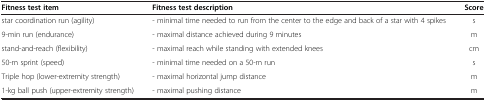
<table><thead><tr><td><b>Fitness test item</b></td><td><b>Fitness test description</b></td><td><b>Score</b></td></tr></thead><tbody><tr><td>star coordination run (agility)</td><td>- minimal time needed to run from the center to the edge and back of a star with 4 spikes</td><td>s</td></tr><tr><td>9-min run (endurance)</td><td>- maximal distance achieved during 9 minutes</td><td>m</td></tr><tr><td>stand-and-reach (flexibility)</td><td>- maximal reach while standing with extended knees</td><td>cm</td></tr><tr><td>50-m sprint (speed)</td><td>- minimal time needed on a 50-m run</td><td>s</td></tr><tr><td>Triple hop (lower-extremity strength)</td><td>- maximal horizontal jump distance</td><td>m</td></tr><tr><td>1-kg ball push (upper-extremity strength)</td><td>- maximal pushing distance</td><td>m</td></tr></tbody></table>